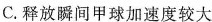
C.释放瞬间甲球加速度较大